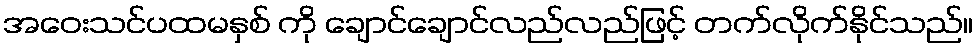
အဝေးသင်ပထမနှစ် ကို ချောင်ချောင်လည်လည်ဖြင့် တက်လိုက်နိုင်သည်။